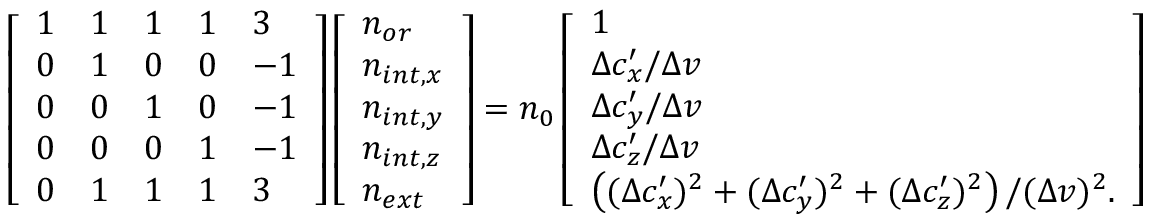
\left[ \begin{array} { l l l l l } { 1 } & { 1 } & { 1 } & { 1 } & { 3 } \\ { 0 } & { 1 } & { 0 } & { 0 } & { - 1 } \\ { 0 } & { 0 } & { 1 } & { 0 } & { - 1 } \\ { 0 } & { 0 } & { 0 } & { 1 } & { - 1 } \\ { 0 } & { 1 } & { 1 } & { 1 } & { 3 } \end{array} \right] \left[ \begin{array} { l } { n _ { o r } } \\ { n _ { i n t , x } } \\ { n _ { i n t , y } } \\ { n _ { i n t , z } } \\ { n _ { e x t } } \end{array} \right] = n _ { 0 } \left[ \begin{array} { l } { 1 } \\ { \Delta c _ { x } ^ { \prime } / \Delta v } \\ { \Delta c _ { y } ^ { \prime } / \Delta v } \\ { \Delta c _ { z } ^ { \prime } / \Delta v } \\ { \left( ( \Delta c _ { x } ^ { \prime } ) ^ { 2 } + ( \Delta c _ { y } ^ { \prime } ) ^ { 2 } + ( \Delta c _ { z } ^ { \prime } ) ^ { 2 } \right) / ( \Delta v ) ^ { 2 } . } \end{array} \right]